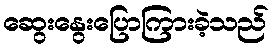
ဆွေးနွေးပြောကြားခဲ့သည်